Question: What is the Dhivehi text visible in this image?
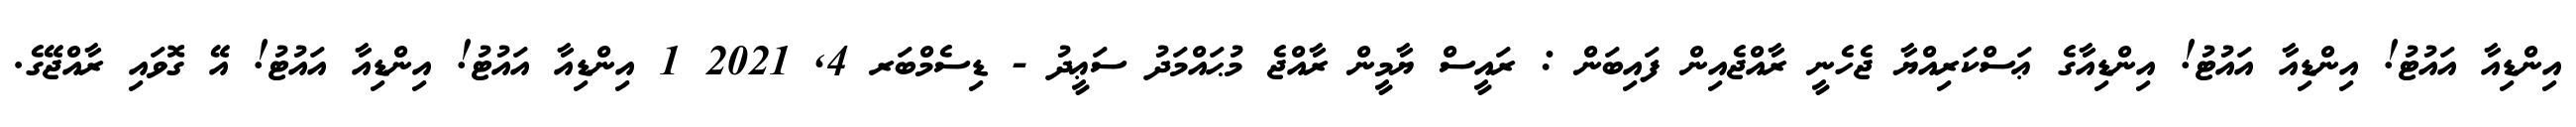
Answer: އިންޑިއާ އައުޓު! އިންޑިއާ އައުޓު! އިންޑިއާގެ ޢަސްކަރިއްޔާ ޖެހެނީ ރާއްޖެއިން ފައިބަން : ރައީސް ޔާމީން ރާއްޖެ މުޙައްމަދު ސަޢީދު - ޑިސެމްބަރ 4, 2021 1 އިންޑިއާ އައުޓު! އިންޑިއާ އައުޓު! އޭ ގޮވައި ރާއްޖޭގެ.